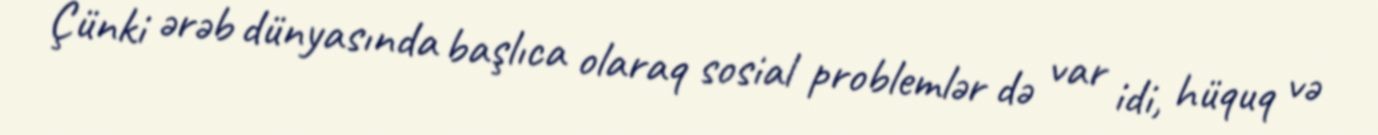
Çünki ərəb dünyasında başlıca olaraq sosial problemlər də var idi, hüquq və